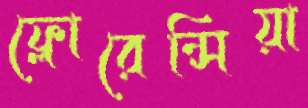
ফ্লোরেন্সিয়া